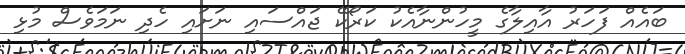
ބައެއް ފަހަރު އާއިލާގެ މީހުންނާއެކު ކަރޯކޭ ޖައްސައި ނަށައި ހެދި ނަމަވެސް މުޅި